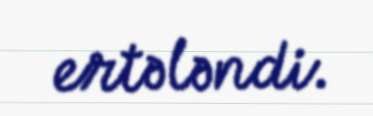
ertələndi.